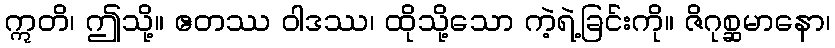
ဣတိ၊ ဤသို့။ ဧတဿ ဝါဒဿ၊ ထိုသို့သော ကဲ့ရဲ့ခြင်းကို။ ဇိဂုစ္ဆမာနော၊